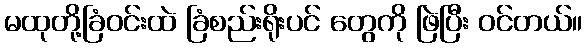
မထုတို့ခြံဝင်းထဲ ခြံစည်းရိုးပင် တွေကို ဖြဲပြီး ဝင်တယ်။